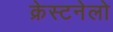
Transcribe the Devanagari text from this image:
क्रेस्टनेलो